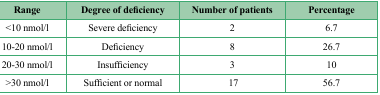
<table><thead><tr><td><b>Range</b></td><td><b>Degree of deficiency</b></td><td><b>Number of patients</b></td><td><b>Percentage</b></td></tr></thead><tbody><tr><td>&lt;10 nmol/l</td><td>Severe deficiency</td><td>2</td><td>6.7</td></tr><tr><td>10-20 nmol/l</td><td>Deficiency</td><td>8</td><td>26.7</td></tr><tr><td>20-30 nmol/l</td><td>Insufficiency</td><td>3</td><td>10</td></tr><tr><td>&gt;30 nmol/l</td><td>Sufficient or normal</td><td> 17</td><td>56.7</td></tr></tbody></table>